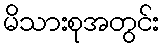
မိသားစုအတွင်း